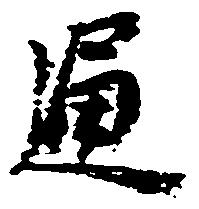
通